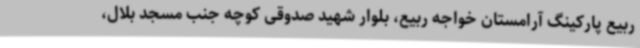
ربیع پارکینگ آرامستان خواجه ربیع، بلوار شهید صدوقی کوچه جنب مسجد بلال،